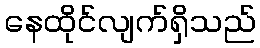
နေထိုင်လျက်ရှိသည်